Annual administration report of the Civil Veterinary Department of India - 1897-1898
Year: 1897
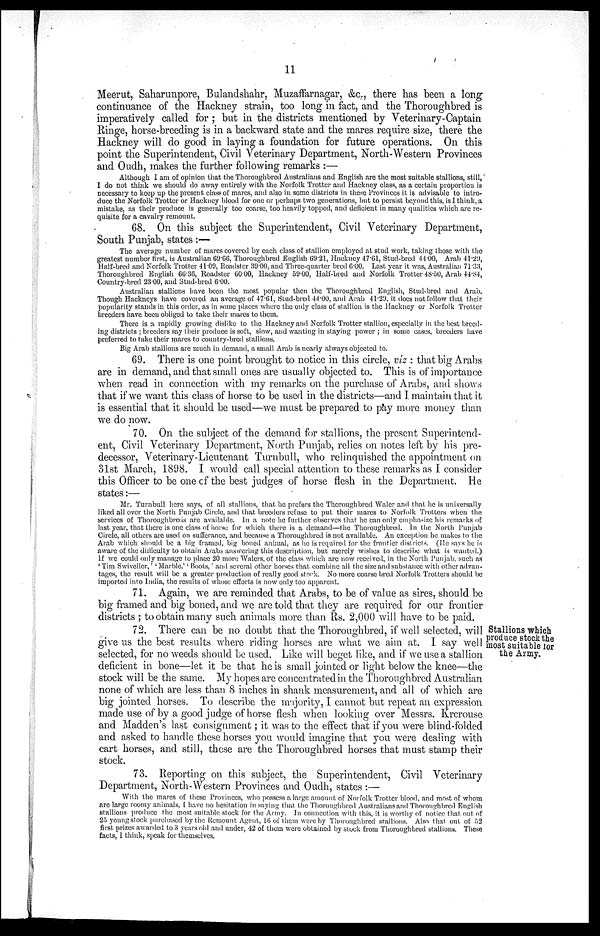
11
Meerut, Saharunpore, Bulandshahr, Muzaffarnagar, &c., there has been a long
continuance of the Hackney strain, too long in fact, and the Thoroughbred is
imperatively called for ; but in the districts mentioned by Veterinary-Captain
Ringe, horse-breeding is in a backward state and the mares require size, there the
Hackney will do good in laying a foundation for future operations. On this
point the Superintendent, Civil Veterinary Department, North-Western Provinces
and Oudh, makes the further following remarks :—
Although I am of opinion that the Thoroughbred Australians and English are the most suitable stallions, still,
I do not think we should do away entirely with the Norfolk Trotter and Hackney class, as a certain proportion is
necessary to keep up the present class of mares, and also in some districts in these Provinces it is advisable to intro-
duce the Norfolk Trotter or Hackney blood for one or perhaps two generations, but to persist beyond this, is I think, a
mistake, as their produce is generally too coarse, too heavily topped, and deficient in many qualities which are re-
quisite for a cavalry remount.
68. On this subject the Superintendent, Civil Veterinary Department,
South Punjab, states :—
The average number of mares covered by each class of stallion employed at stud work, taking those with the
greatest number first, is Australian (69.66, Thoroughbred English 69.21, Hackney 47.61, Stud-bred 44.00, Arab 41.29,
Half-bred and Norfolk Trotter 41.09, Roadster 39.00, and Three-quarter bred 6.00. Last year it was, Australian 71.33,
Thoroughbred English 66.36, Roadster 60.00, Hackney 59.00, Half-bred and Norfolk Trotter 48.50, Arab 44.84,
Country-bred 23.00, and Stud-bred 6.00.
Australian stallions have been the most popular then the Thoroughbred English, Stud-bred and Arab.
Though Hackneys have covered an average of 47.61, Stud-bred 44.00, and Arab 41.29, it does not follow that their
popularity stands in this order, as in some places where the only class of stallion is the Hackney or Norfolk Trotter
breeders have been obliged to take their mares to them.
There is a rapidly growing dislike to the Hackney and Norfolk Trotter stallion, especially in the best breed-
ing districts ; breeders say their produce is soft, slow, and wanting in staying power ; in some cases, breeders have
preferred to take their mares to country-bred stallions.
Big Arab stallions are much in demand, a small Arab is nearly always objected to.
69. There is one point brought to notice in this circle, viz : that big Arabs
are in demand, and that small ones are usually objected to. This is of importance
when read in connection with my remarks on the purchase of Arabs, and shows
that if we want this class of horse to be used in the districts—and I maintain that it
is essential that it should be used—we must be prepared to pay more money than
we do now.
70. On the subject of the demand for stallions, the present Superintend-
ent, Civil Veterinary Department, North Punjab, relies on notes left by his pre-
decessor, Veterinary-Lieutenant Turnbull, who relinquished the appointment on
31st March, 1898. I would call special attention to these remarks as I consider
this Officer to be one of the best judges of horse flesh in the Department. He
states:—
Mr. Turnbull here says, of all stallions, that he prefers the Thoroughbred Waler and that he is universally
liked all over the North Punjab Circle, and that breeders refuse to put their mares to Norfolk Trotters when the
services of Thoroughbreds are available. In a note he further observes that he can only emphasize his remarks of
last year, that there is one class of horse for which there is a demand—the Thoroughbred. In the North Punjab
Circle, all others are used on sufferance, and because a Thoroughbred is not available. An exception he makes to the
Arab which should be a big framed, big boned animal, as he is required for the frontier districts. (He says he is
aware of the dificulty to obtain Arabs answering this description, but merely wishes to describe what is wanted.)
If we could only manage to place 20 more Walers, of the class which are now received, in the North Punjab, such as
' Tim Swiveller,' ' Marble.' ' Boots,' and several other horses that combine all the size and substance with other advan-
tages, the result will be a greater production of really good stock. No more coarse bred Norfolk Trotters should be
imported into India, the results of whose efforts is now only too apparent.
Stallions which
produce stock the
most suitable for
the Army.
i 1. Again, we are reminded that Arabs, to be of value as sires, should be
big framed and big boned, and we are told that they are required for our frontier
districts ; to obtain many such animals more than Rs. 2,000 will have to be paid.
72. There can be no doubt that the Thoroughbred, if well selected, will
give us the best results where riding horses are what we aim at. I say well
selected, for no weeds should be used. Like will beget like, and if we use a stallion
deficient in bone—let it be that he is small jointed or light below the knee—the
stock will be the same. My hopes are concentrated in the Thoroughbred Australian
none of which are less than 8 inches in shank measurement, and all of which are
big jointed horses. To describe the majority, I cannot but repeat an expression
made use of by a good judge of horse flesh when looking over Messrs. Krcrouse
and Madden's last consignment; it was to the effect that if you were blind-folded
and asked to handle these horses you would imagine that you were dealing with
cart horses, and still, these are the Thoroughbred horses that must stamp their
stock.
73. Reporting on this subject, the Superintendent, Civil Veterinary
Department, North-Western Provinces and Oudh, states :—
With the mares of these Provinces, who possess a large amount of Norfolk Trotter blood, and most of whom
are large roomy animals, I have no hesitation in saying that the Thoroughbred Australians and Thoroughbred English
stallions produce the most suitable stock for the Army. In connection with this, it is worthy of notice that out of
25 young stock purchased by the Remount Agent, 16 of them were by Thoroughbred stallions. Also that out of 52
first prizes awarded to 3 years old and under, 42 of them were obtained by stock from Thoroughbred stallions. These
facts, 1 think, speak for themselves.